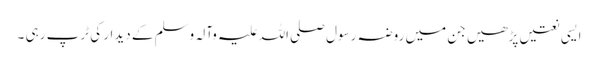
ایسی نعتیں پڑھیں جن میں روضہ رسول صلی اللہ علیہ وآلہ وسلم کے دیدار کی ٹرپ رہی ۔